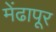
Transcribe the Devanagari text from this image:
मेंढापूर